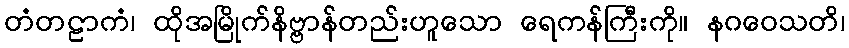
တံတဠာကံ၊ ထိုအမြိုက်နိဗ္ဗာန်တည်းဟူသော ရေကန်ကြီးကို။ နဂဝေသတိ၊